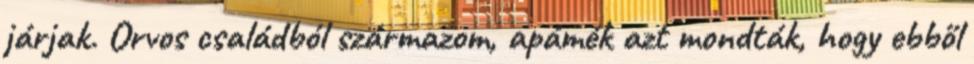
járjak. Orvos családból származom, apámék azt mondták, hogy ebből